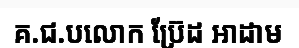
គ.ជ.បលោក ប្រ៊ែដ អាដាម